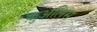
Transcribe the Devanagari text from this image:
क़ुअलिस